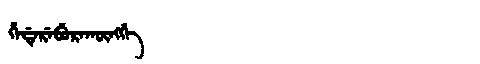
Manchu: ᡥᡝᡩᡝᡵᡝᠪᡠᡵᠠᡴᡡᠩᡤᡝ
Romanization: HEDEREBURAKŪNGGE